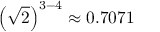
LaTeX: \left( { \sqrt { 2 } } \right) ^ { 3 - 4 } \approx 0 . 7 0 7 1